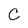
Character: C